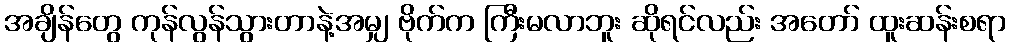
အချိန်တွေ ကုန်လွန်သွားတာနဲ့အမျှ ဗိုက်က ကြီးမလာဘူး ဆိုရင်လည်း အတော် ထူးဆန်းစရာ